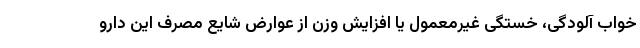
خواب آلودگی، خستگی غیرمعمول یا افزایش وزن از عوارض شایع مصرف این دارو